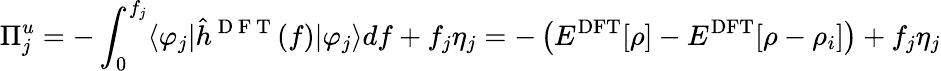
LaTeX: \Pi_{j}^{u}=-\int_{0}^{f_{j}}\langle\varphi_{j}\rvert\hat{h}^{\mathrm{~D~F~T~}}(f)\lvert\varphi_{j}\rangle df+f_{j}\eta_{j}=-\left(E^{\mathrm{DFT}}[\rho]-E^{\mathrm{DFT}}[\rho-\rho_{i}]\right)+f_{j}\eta_{j}